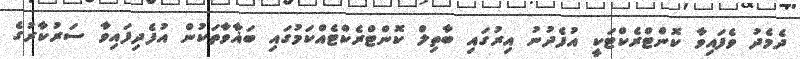
ދެމެދު ވެފައިވާ ކޮންޓްރެކްޓަކީ އުފެދުނު އިރުގައި ބާތިލް ކޮންޓްރެކްޓެއްކަމުގައި ބަޣާވާތަކުން އުފެދިފައިވާ ސަރުކާރުގެ